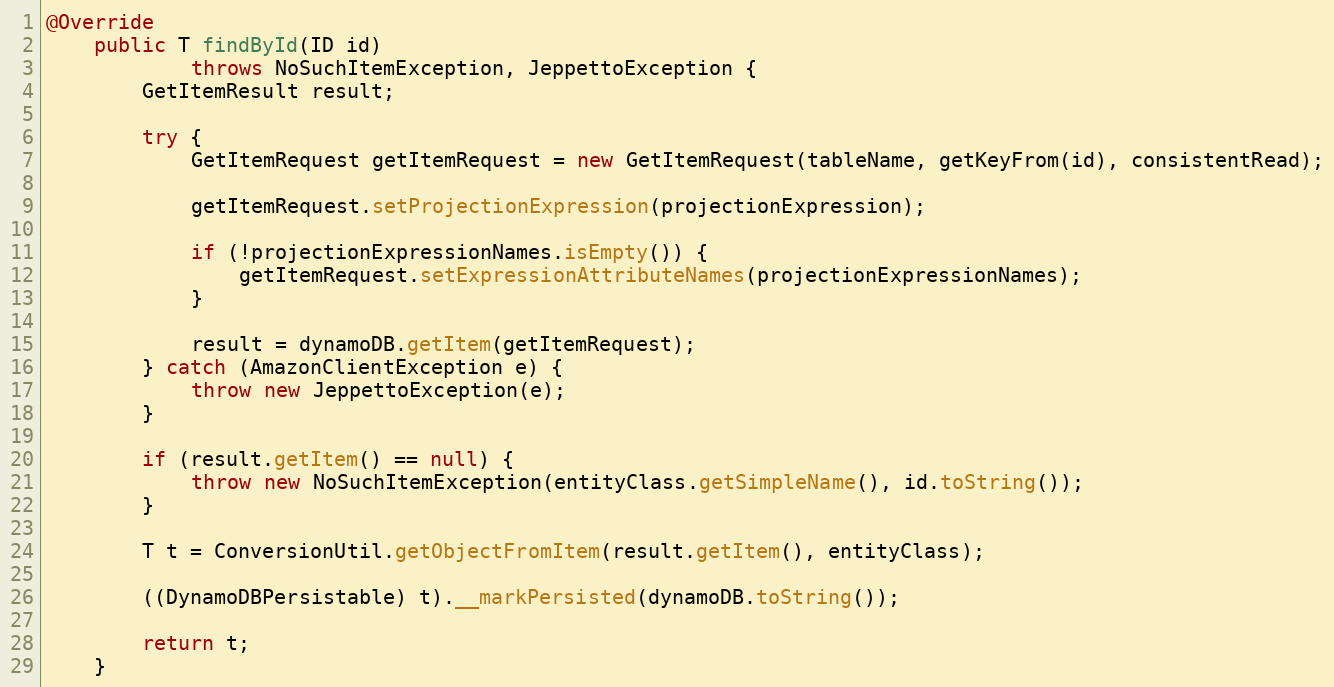
Language: Java
@Override
    public T findById(ID id)
            throws NoSuchItemException, JeppettoException {
        GetItemResult result;

        try {
            GetItemRequest getItemRequest = new GetItemRequest(tableName, getKeyFrom(id), consistentRead);

            getItemRequest.setProjectionExpression(projectionExpression);

            if (!projectionExpressionNames.isEmpty()) {
                getItemRequest.setExpressionAttributeNames(projectionExpressionNames);
            }

            result = dynamoDB.getItem(getItemRequest);
        } catch (AmazonClientException e) {
            throw new JeppettoException(e);
        }

        if (result.getItem() == null) {
            throw new NoSuchItemException(entityClass.getSimpleName(), id.toString());
        }

        T t = ConversionUtil.getObjectFromItem(result.getItem(), entityClass);

        ((DynamoDBPersistable) t).__markPersisted(dynamoDB.toString());

        return t;
    }